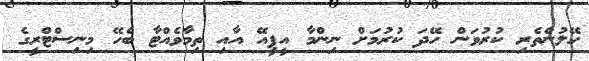
ހޭލުންތެރި ކުރުވަން ހޭދަ ކުރުމަށް ނިންމާ އީޕީއޭ އާއި ތިމާވެއްޓާ ބެހޭ މިނިސްޓްރީގެ